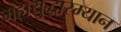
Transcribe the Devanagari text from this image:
महायुद्धारम्यान